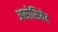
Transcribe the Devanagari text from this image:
असोसियेट